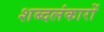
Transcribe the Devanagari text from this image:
शब्दलंकारों